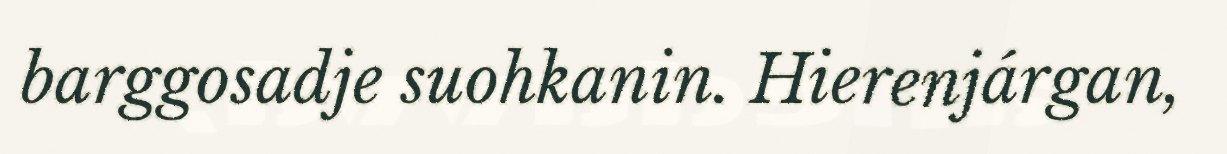
barggosadje suohkanin. Hierenjárgan,